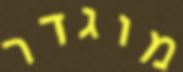
מוגדר